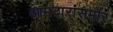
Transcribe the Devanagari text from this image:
आमदारांसमोर